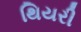
થિયરી